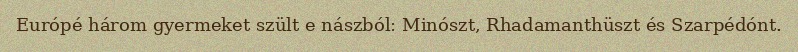
Európé három gyermeket szült e nászból: Minószt, Rhadamanthüszt és Szarpédónt.